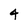
Character: 4